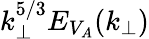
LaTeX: k_{\perp}^{5/3}E_{V_{A}}(k_{\perp})